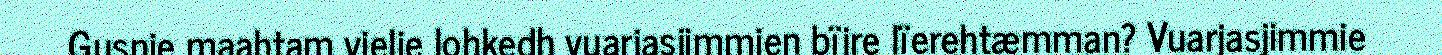
Gusnie maahtam vielie lohkedh vuarjasjimmien bïjre lïerehtæmman? Vuarjasjimmie